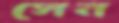
সেন